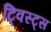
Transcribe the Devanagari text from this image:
ट्विस्ट्स